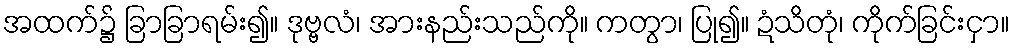
အထက်၌ ခြာခြာရမ်း၍။ ဒုဗ္ဗလံ၊ အားနည်းသည်ကို။ ကတွာ၊ ပြု၍။ ဍံသိတုံ၊ ကိုက်ခြင်းငှာ။